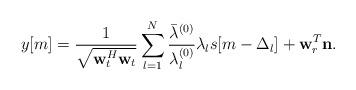
LaTeX: \begin{align*} y[m] = \frac{1}{{\sqrt {{\bf{w}}_t^H{{\bf{w}}_t}} }}\sum\limits_{l =1}^N {\frac{{{{\bar \lambda }^{(0)}}}}{{\lambda _l^{(0)}}}{\lambda_l}s[m-\Delta_l]} + {\bf{w}}_r^T{\bf{n}}.\end{align*}